Lunatic asylums Punjab 1868-1880 - 1868-1880
Year: 1868
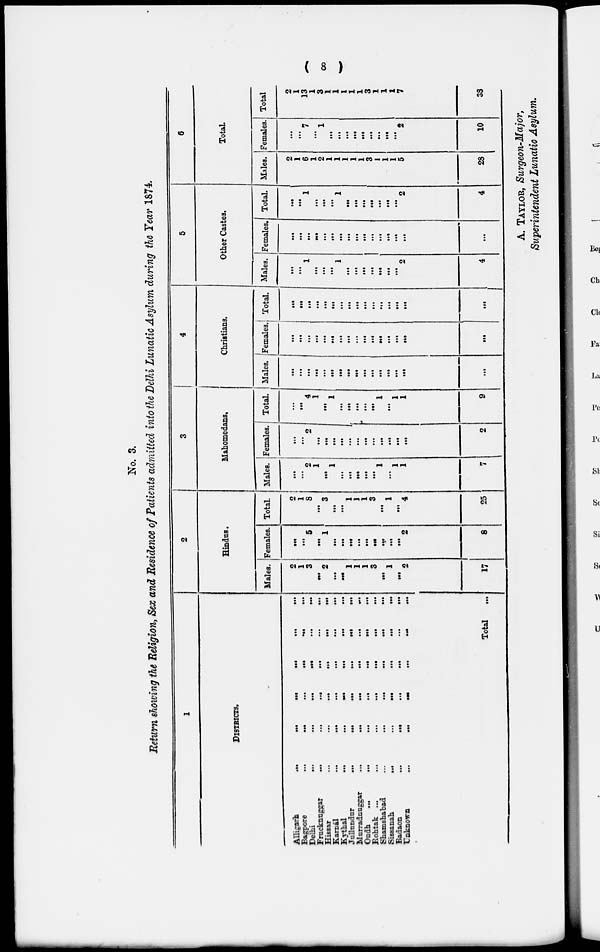
( 8 )
No. 3.
Return showing the Religion, Sex and Residence of Patients admitted into the Delhi Lunatic Asylum during the Year 1874.
1
DISTRICTS.
Alligarh
...
...
...
...
...
...
Bagpore ... ... ... ... ... ...
Delhi
...
...
...
...
...
...
Frucknuggar ... ... ... ... ... ...
Hissar ... ... ... ... ... ...
Karnál
...
...
...
...
...
...
Kythal ... ... ... ... ... ...
Jullundur ... ... ... ... ... ...
Murradnuggar ... ... ... ... ...
Oudh
...
...
...
...
...
...
Rohtak ...
Shamshabad
...
...
...
...
...
...
Sissanah
...
...
...
...
...
...
Badaon
...
...
...
...
...
...
Unknown
...
...
...
...
...
...
Total
...
2
Hindus.
Males.
2
1
3
...
2
...
...
1
1
1
3
...
1
...
2
17
Females.
...
...
5
...
1
...
...
...
...
...
...
...
...
...
2
8
Total.
2
1
8
...
3
...
...
1
]
1
3
...
1
...
4
25
3
Mahomedans.
Males.
...
...
2
1
...
1
...
...
...
...
...
1
...
1
1
7
Females.
...
...
2
...
...
...
...
...
...
...
...
...
...
...
...
2
Total.
...
...
4
1
...
1
...
...
...
... ...
...
1
...
1
1
9
4
Christians.
Males.
...
...
...
...
...
...
...
...
...
. ..
...
...
...
...
...
...
Females.
...
...
...
...
...
...
...
...
...
...
...
...
...
...
...
...
Total.
...
...
...
...
...
...
...
...
...
...
...
...
...
...
...
...
5
Other Castes.
Males.
...
...
1
...
...
...
1
...
...
...
...
...
...
...
2
4
Females.
...
...
...
...
...
...
...
...
...
...
...
...
...
...
...
...
Total.
...
...
1
...
...
...
1
...
...
...
...
...
...
...
2
4
6
Total.
Males.
2
1
6
1
2
1
1
1
1
1
3
1
1
1
5
28
Females.
...
...
7
...
1
...
...
...
...
...
...
...
...
...
2
10
Total
2
1
13
1
3
1
1
1
1
1
3
1
1
1
7
38
A. TAYLOR, Surgeon-Major,
Superintendent Lunatic Asylum.